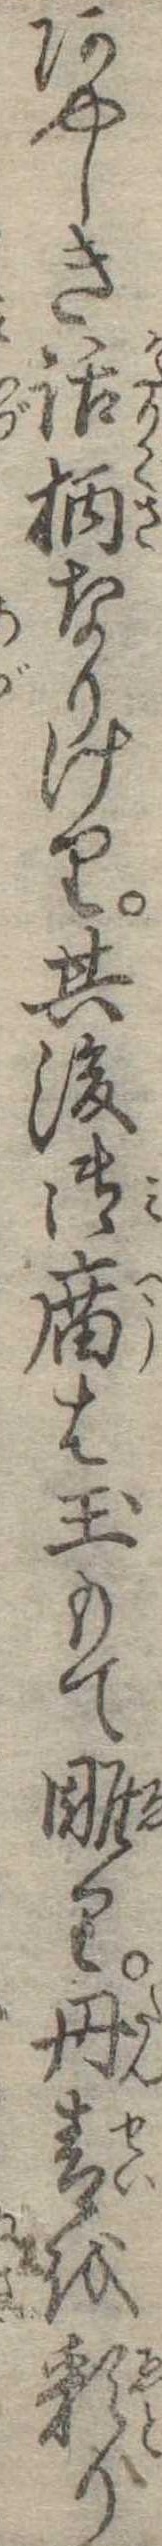
あやしき話柄なりけり其後御広は玉もて雕り丹青を彩り